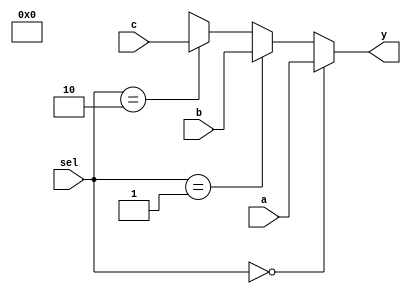
module mux3( sel, a, b, c, y );
    parameter bitwidth=32;
    input [1:0]sel;
    input  [bitwidth-1:0] a, b, c;
    output [bitwidth-1:0] y;

    assign y = ( sel == 2'b00 ) ? a : ( sel == 2'b01 ) ? b : ( sel == 2'b 10 ) ? c : 1'bx ;
endmodule